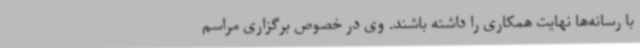
با رسانه‌ها نهایت همکاری را داشته باشند. وی در خصوص برگزاری مراسم